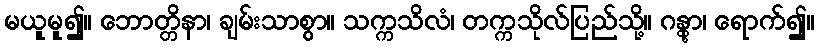
မယူမူ၍။ ဘောတ္တိနာ၊ ချမ်းသာစွာ။ သက္ကသိလံ၊ တက္ကသိုလ်ပြည်သို့။ ဂန္တွာ၊ ရောက်၍။